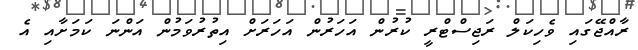
ރާއްޖޭގައި ވެހިކަލް ރަޖިސްޓްރީ ކުރުން އަހަރުން އަހަރަށް އިތުރުވަމުން އަންނަ ކަމަށާއި އެ